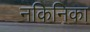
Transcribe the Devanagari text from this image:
नकिनिका